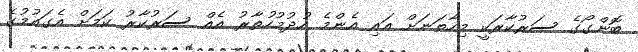
ބޮންގޯގެ ސަރުކާރަކީ މިހާތަނަށް އައި އެންމެ ހުދުމުހުތާރު އެއް ސަރުކާރު ކަމަށް އެގައުމުގެ